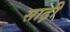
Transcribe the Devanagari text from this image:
साढ़ी